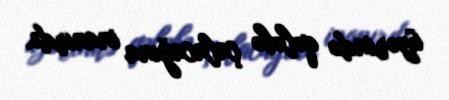
üzərində qələbə çalacağına inanırdı.